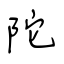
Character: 陀